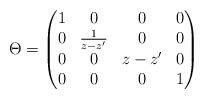
LaTeX: \begin{align*}\Theta = \left(\begin{matrix} 1&0&0&0\\0&\frac{1}{z-z'} &0&0 \\0&0& z-z'&0\\0&0&0&1\\\end{matrix}\right)\end{align*}